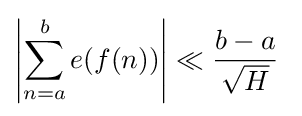
\left\vert {\sum _{n=a}^{b}e(f(n))}\right\vert \ll {\frac {b-a}{\sqrt {H}}}\